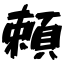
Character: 頼